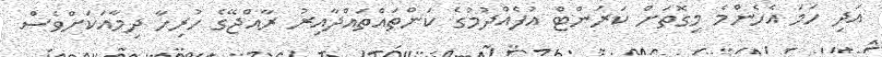
އަދި ހަމަ އެހެންމެ މިގޮތަށް ކަރަންޓް އުފެއްދުމުގެ ކަންތައްތައްދާއިރު ރާއްޖޭގެ ހުރިހާ ދިމާއަކަށްވެސް